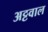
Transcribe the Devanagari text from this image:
अट्टवाल